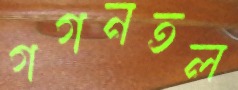
গগনতল